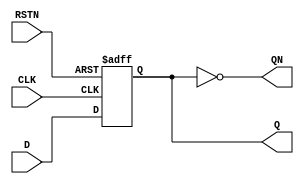
/**
 *
 *
 *  Ripple Counter: Recording the coarse phase of TOA, TOT, and Cal
 *
 *  History:
 *  2019/03/12 Datao, Wei Zhang    : Created for ETROC2 TDC
 **/
`timescale 1ns/1ps
/*****************************************************************************/
module dff(
	input D,
	input CLK,
	input RSTN,
	output reg Q,
	output	QN
);
always @(posedge CLK or negedge RSTN)
begin
	if(!RSTN)
		Q <= 1'b0;
	else
		Q <= D;
end

assign QN = ~Q;
endmodule

/*****************************************************************************/
module Ripple_Counter(
	input Clk_In,				// ripple counter driver clock
	input RSTN,					// Reset signal
	input TOA_Clk,				// TOA coarse phase latch clock
	input TOT_Clk,				// TOT coarse phase latch clock
	output reg [2:0] TOA_CntA,		// TOA coarse phase counter A
	output reg [2:0] TOA_CntB,		// TOA coarse phase counter B
	output reg [2:0] TOT_CntA,		// TOT coarse phase counter A
	output reg [2:0] TOT_CntB		// TOA coarse phase counter B
);

wire [2:0] CntA;
wire [2:0] CntNA;
wire [2:0] CntB;
wire [2:0] CntNB;

/*****************************************************************************/
wire Clk_In_Bar;
assign Clk_In_Bar = ~Clk_In;

dff dff0(						// first stage dff for Ripple Counter A
	.D(CntNA[0]),
	.CLK(Clk_In),
	.RSTN(RSTN),
	.Q(CntA[0]),
	.QN(CntNA[0])
);

dff dff1(						// second stage dff for Ripple Counter A
	.D(CntNA[1]),
	.CLK(CntNA[0]),
	.RSTN(RSTN),
	.Q(CntA[1]),
	.QN(CntNA[1])
);

dff dff2(						// third stage dff for Ripple Counter A
	.D(CntNA[2]),
	.CLK(CntNA[1]),
	.RSTN(RSTN),
	.Q(CntA[2]),
	.QN(CntNA[2])
);


dff dff3(						// first stage dff for Ripple Counter B
	.D(CntNB[0]),
	.CLK(Clk_In_Bar),
	.RSTN(RSTN),
	.Q(CntB[0]),
	.QN(CntNB[0])
);

dff dff4(						// second stage dff for Ripple Counter B
	.D(CntNB[1]),
	.CLK(CntNB[0]),
	.RSTN(RSTN),
	.Q(CntB[1]),
	.QN(CntNB[1])
);

dff dff5(						// third stage dff for Ripple Counter B
	.D(CntNB[2]),
	.CLK(CntNB[1]),
	.RSTN(RSTN),
	.Q(CntB[2]),
	.QN(CntNB[2])
);
/*****************************************************************************/
//TOA coarse phase snapshot
always @(posedge TOA_Clk)
begin
	TOA_CntA <= CntA;
	TOA_CntB <= CntB;
end

//TOT coarse phase snapshot
always @(posedge TOT_Clk)
begin
	TOT_CntA <= CntA;
	TOT_CntB <= CntB;
end

endmodule